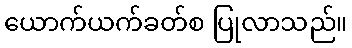
ယောက်ယက်ခတ်စ ပြုလာသည်။